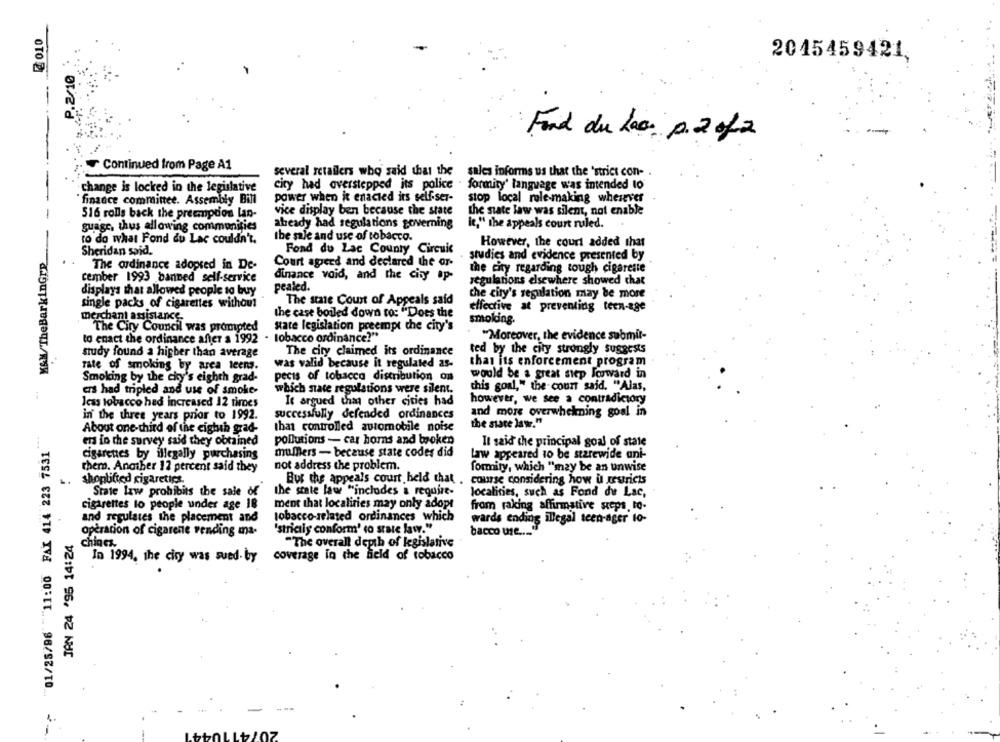
2010
2015459421.
P.2/10
Fond du lac p. 2 of2
Continued from Page A1
several retailers who said that the
several retailers who said that the sales informs us that the 'strict con-
city had overstepped its police . formity' language was intended to
change is locked in the legislative
finance committee. Assembly Bill
power when it enacted its self-ser-
stop local rule-making wherever
516 rolls back the preempdos lan-
vice display ben because the state
the state law was silent, nat enable
guage, thus allowing communities
already had regulations governing
le," the appeals court ruled.
the sale and use of tobacco.
to do what Fond du Lac couldn't.
However, the court added that
K&X/TheBarkinGre
Sheridan said.
Fond du Lac County Circuit
studies and evidence presented by
The ordinance adopted in De-
Court apperd and declared the or-
the city regarding tough cigarette
cember 1993 banned self-service
dinance void, and the city ap-
regulations elsewhere showed chat
pealed.
displays that allowed people to buy
the city's regulation may be more
single packs of cigarettes without
The state Court of Appeals said
effective at preventing teen-age
merchant assistance
the case boiled down to: "Does the
smoking.
state legislation preempt the city's
The City Council was prompted
to enact the ordinance after a 1992
tobacco ordinance?"
"Moreover, the evidence submit-
study found a higher than average
The city claimed its ordinance
ted by the city strongly suggests
was valid because it regulated as-
that its enforcement program
rate of smoking by area teens.
Smoking by the chy's eighth grad-
pecis of tobacco distribution on
would be a great step Toward in
ers had tripled and use of smoke-
which state regulations were silent.
this goal," the court said. "Alas,
however, we see a contradictory
Jeas tobacco hed increased 12 times
It argued that other cities had
in the three years prior to 1992.
successfully defended ordinances
and more overwhelming goal in
the state law."
01/25/96 ""11:00 FAX 414 223 7531
About one-third of the eighth grad-
that controlled automobile noise
ers in the survey said they obtained
pollutions - car hors and broken
It said che principal goal of state
cigarettes by illegally purchasing
mufflers - because state codes did
Law appeared to be starewide ani-
there. Another 12 percent said they
not address the problem.
formity, which "may be an unwise
shoplifted cigarettes.
But the appeals court held that . course considering how u restricts
State law prohibits the sale of
the state law "includes a require-
localities, such as Fond du Lac,
cigarettes to people under age IB
ment that localiries may only adopt
from raking affirmative steps. to-
and regulates the placement and
tobacco-related ordinances which
wards ending illegal teen-ager to-
opération of cigarene rending ma-
'strictly conform' to state law."
bacco use .... "
JAN 24 '95 14:24
chiges.
"The overall depth of legislative
coverage in the field of tobacco
In 1994. the city was sued by
1.